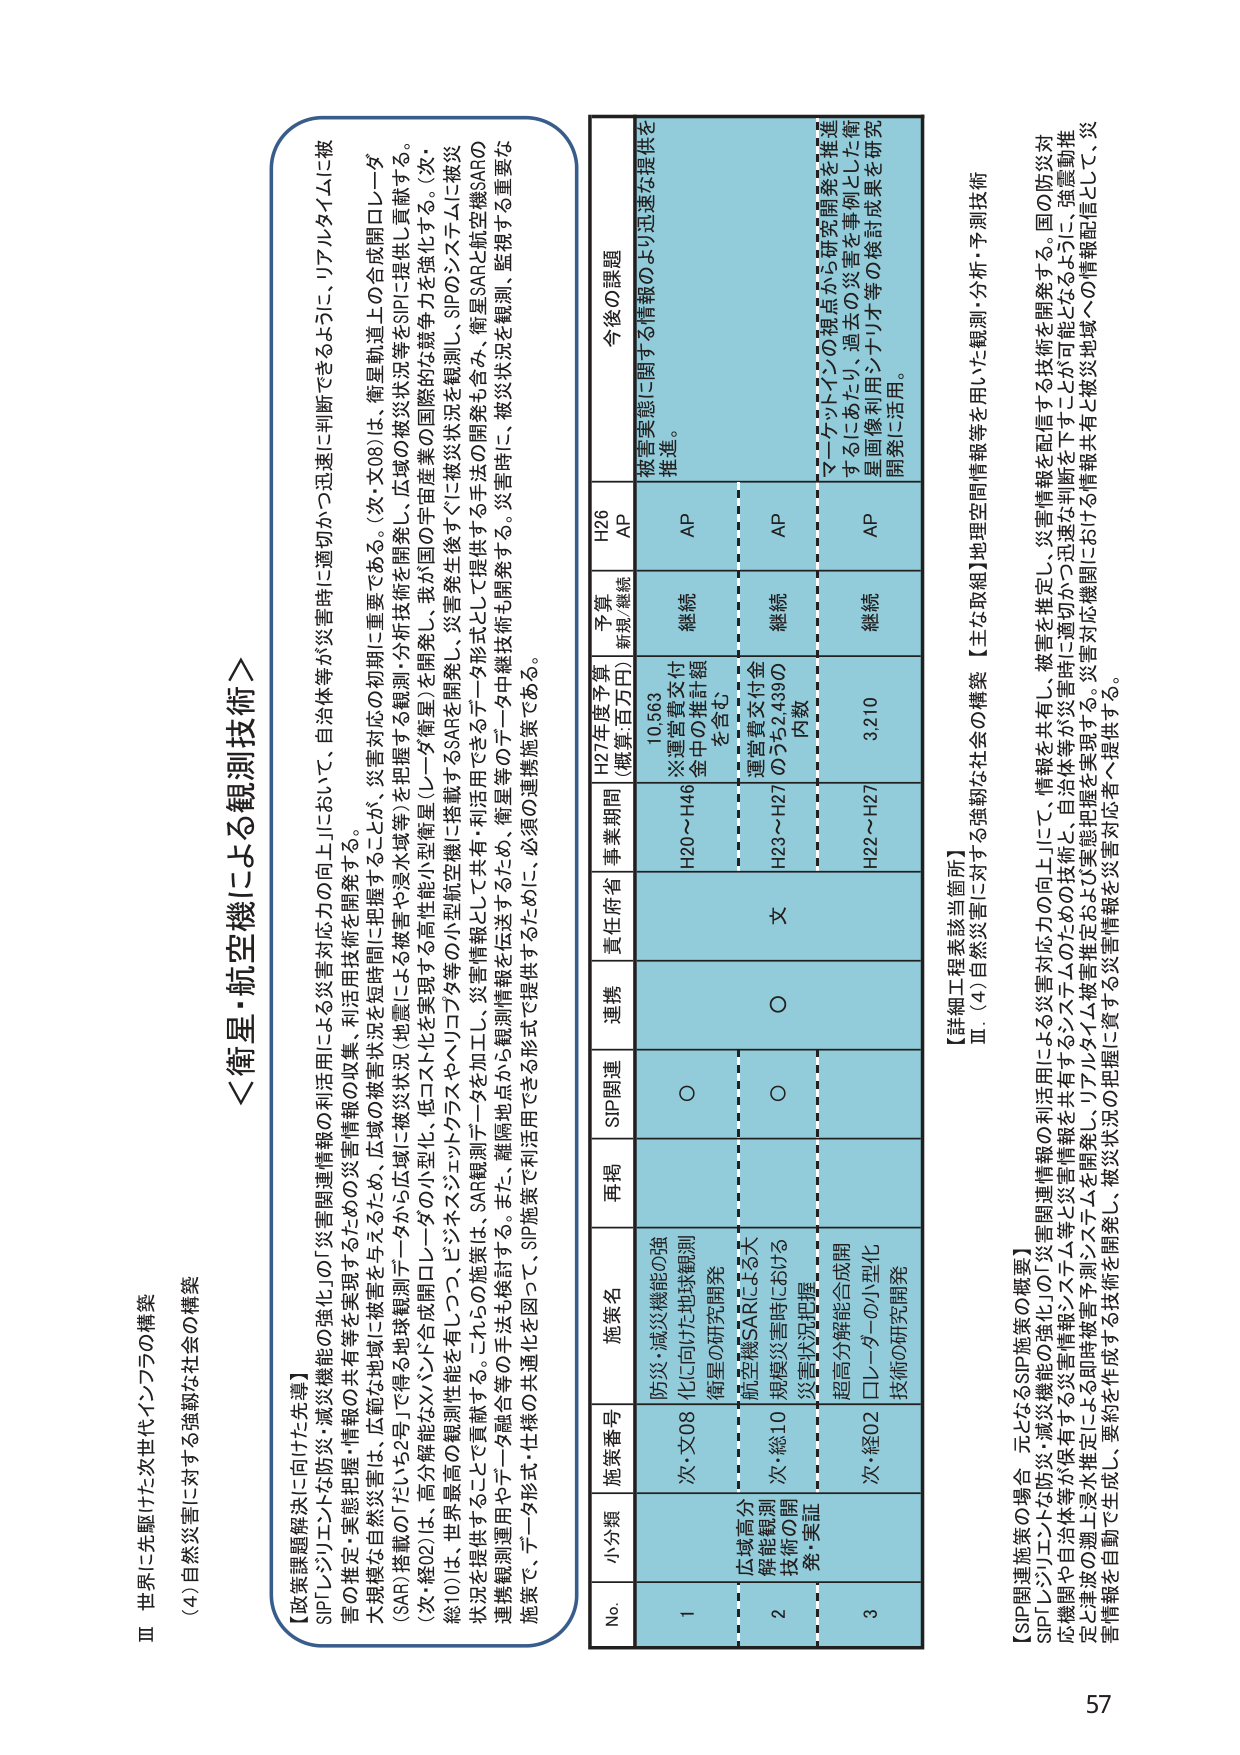
Ⅲ 世界に先駆けた次世代イノベーションの構築
(4) 自然災害に対する強靭な社会の構築

＜衛星・航空機による観測技術＞

【政策課題解決に向けた先導】
SIP「レジリエンス力強化・減災機能の強化」の「災害関連情報の利活用による災害対応力の向上」において、自治体等が災害時に適切かつ迅速に判断できるように、リアルタイムに被 害の規模・自然災害は、広範な地域に被害を与えるため、広域の被災状況（地震による被害や浸水域等）を把握する観測・分析技術を開発し、広域の被災状況等をSIPに提供し貢献する。
(SAR) 搭載の「だいち2号」で得る地球観測データから広域に被災状況を可視化、低コスト化を実現する高性能小型衛星（レーダ衛星）を開発し、我が国の宇宙産業の国際的な競争力を強化する。（次・ 総10）は、世界最高の観測性能を有しつつ、ビデオ・ジェット・リコラスや、ビデオ等の小型衛星機に搭載するSARを後生する。災害発生後すぐに被災状況を観測し、SIPのシステムに被災 状況を提供することができる。これは、SAR観測データを加え、災害情報として共有し、利活用できるデータ形式として提供する手法の開発も含み、衛星SARと航空機SARの 連携観測運用やデータ融合等の手法も検討する。また、離隔地点から観測情報を伝送するため、衛星等のデータ中継技術も開発する。災害時に、被災状況を観測・監視する重要な 施策で、データ形式・仕様の共通化を図ってSIP施策で利活用できる形式で提供するために、必須の連携施策である。

No. 小分類 施策番号 施策名 再掲 SIP関連 連携 責任府省 事業期間 H27年度予算 （概算：百万円） 予算 新規/継続 H26 AP 今後の課題
1 広域高分 解能観測 技術の開 発・実証 次・文08 防災・減災機能の強 化に向けた地球観測 衛星の研究開発 ○ ○ 文 H20～H46 10,563 ※運営費交付 金中の維持額 を含む 継続 AP 被害実態に関する情報のより迅速な提供を 推進。
2 次・総10 航空機SARによる大 規模災害時における 災害状況把握 ○ ○ 文 H23～H27 運営費交付金 のうち2,4390 内数 継続 AP
3 次・経02 超高分解能合成開 口レーダーの小型化 技術の研究開発 ○ ○ 文 H22～H27 3,210 継続 AP マーケットインの視点から研究開発を推進 するにあたり、過去の災害を事例とした衛 星画像利用シナリオ等の検討成果を研究 開発に活用。

【詳細工程表該当箇所】
Ⅲ (4) 自然災害に対する強靭な社会の構築 【主な取組】地理空間情報等を用いた観測・分析・予測技術

【SIP関連施策の場合 元となるSIP施策の概要】
SIP「レジリエンス力強化・減災機能の強化」の「災害関連情報の利活用による災害対応力の向上」にて、情報を共有し、被害を推定し、災害情報を配信する技術を開発する。国の防災対 応機関や自治体等が保有する災害情報（システム等）と災害情報を共有するシステムの技術と、自治体等が災害時に適切かつ迅速な判断を下すことが可能となるように、強震動推 定と津波の潮上浸水推定による即時被害予測システムを開発し、リアルタイムを開発し、被災状況の把握に資する災害情報を開発し、要約を作成する技術を開発し、災害情報を自動で生成し、災 害情報を自治体等に提供する。

57